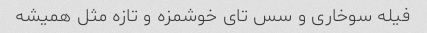
فیله سوخاری و سس تای خوشمزه و تازه مثل همیشه